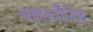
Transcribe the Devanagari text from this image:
अक्षतयौनिक